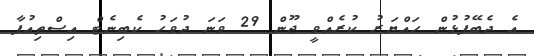
އެ ދެބޭފުޅުން ހައްޔަރު ކުރެއްވީ ޖޫން 29 ވަނަ ދުވަހު ކެބިނެޓް އިސްތިއުފާ